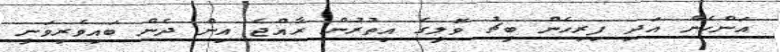
އަންހެން އަދި ފިރިހެން ބީޗު ވޮލީގެ އިތުރުން ރާއްޖެ އިން ދެން ބައިވެރިވަނީ